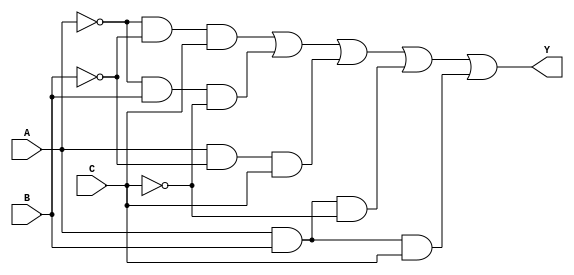
module sop_simplification (
    input wire A,           // Input variable A
    input wire B,           // Input variable B
    input wire C,           // Input variable C
    output wire Y           // Output of the SOP expression
);

// Define the simplified SOP expression
// For example, let's assume the minterms are: 1, 2, 5, 6, 7
// Minterms: 
// 1: A'B'C
// 2: A'BC'
// 5: AB'C
// 6: ABC'
// 7: ABC
assign Y = ( (~A & ~B & C) |   // Minterm 1
             (~A & B & ~C) |   // Minterm 2
             (A & ~B & C) |    // Minterm 5
             (A & B & ~C) |    // Minterm 6
             (A & B & C) );     // Minterm 7

endmodule